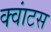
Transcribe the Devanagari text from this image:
क्‍वांटस